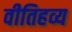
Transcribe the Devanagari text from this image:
वीतिहव्य